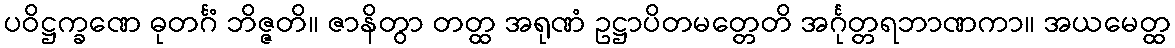
ပဝိဋ္ဌက္ခဏေ ဓုတင်္ဂံ ဘိဇ္ဇတိ။ ဇာနိတွာ တတ္ထ အရုဏံ ဥဋ္ဌာပိတမတ္တေတိ အင်္ဂုတ္တရဘာဏကာ။ အယမေတ္ထ